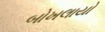
બોખલાયો